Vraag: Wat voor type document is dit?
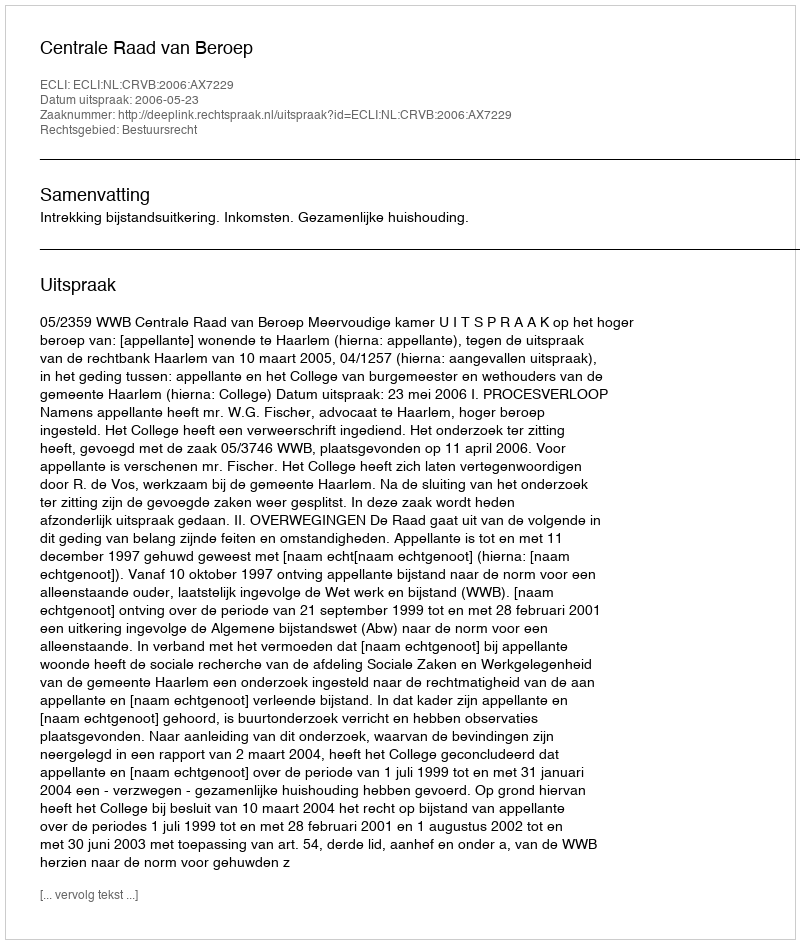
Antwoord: Uitspraak